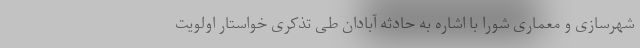
شهرسازی و معماری شورا با اشاره به حادثه آبادان طی تذکری خواستار اولویت